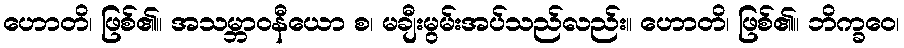
ဟောတိ၊ ဖြစ်၏။ အသမ္ဘာဝနီယော စ၊ မချီးမွမ်းအပ်သည်လည်း။ ဟောတိ၊ ဖြစ်၏။ ဘိက္ခဝေ၊